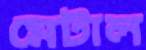
মেটাল